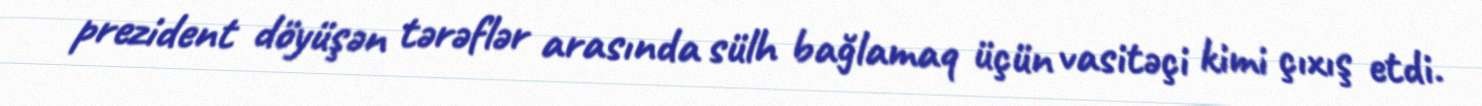
prezident döyüşən tərəflər arasında sülh bağlamaq üçün vasitəçi kimi çıxış etdi.